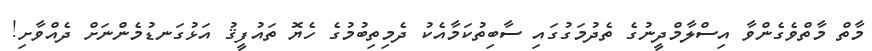
މާތް މާތްވެގެންވާ އިސްލާމްދީނުގެ ތެދުމަގުގައި ސާބިތުކަމާއެކު ދެމިތިބުމުގެ ހެޔޮ ތައުފީޤު އަޅުގަނޑުމެންނަށް ދެއްވާށި!